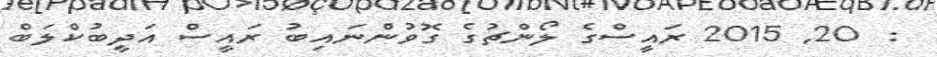
:  20